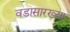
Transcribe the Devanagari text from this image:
वडासारख्या